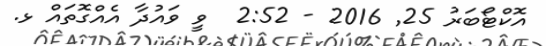
އޮކްޓޯބަރު 25